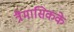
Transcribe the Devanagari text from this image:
त्रैमासिकके